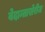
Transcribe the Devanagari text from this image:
वेदान्ताखेरीज